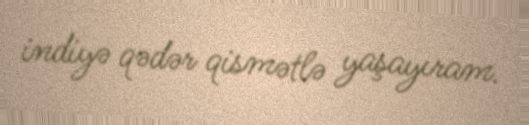
indiyə qədər qismətlə yaşayıram.